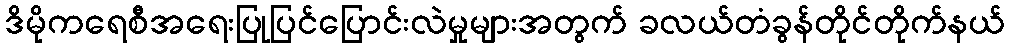
ဒိမိုကရေစီအရေးပြုပြင်ပြောင်းလဲမှုများအတွက် ခလယ်တံခွန်တိုင်တိုက်နယ်